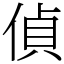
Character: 偵